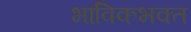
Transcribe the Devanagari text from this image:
भाविकभक्त